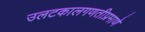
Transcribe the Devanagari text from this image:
उलटकालगणतीप्रमाणे